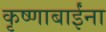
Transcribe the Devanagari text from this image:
कृष्णाबाईंना